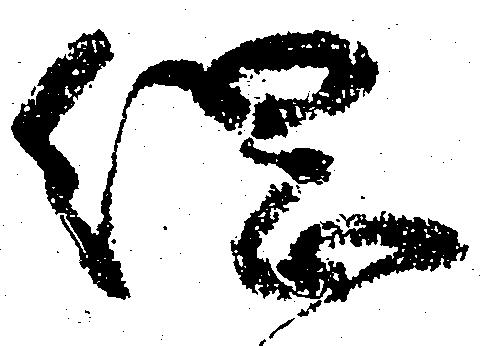
綱